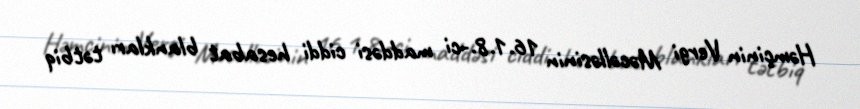
Həmçinin Vergi Məcəlləsinin 16.1.8.-ci maddəsi ciddi hesabat blankları tətbiq